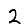
Digit: 2